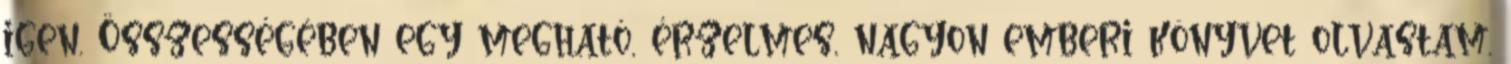
igen. Összességében egy megható, érzelmes, nagyon emberi könyvet olvastam.